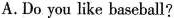
A. Do you like baseball?